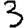
Digit: 3